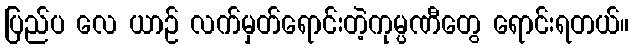
ပြည်ပ လေ ယာဉ် လက်မှတ်ရောင်းတဲ့ကုမ္ပဏီတွေ ရောင်းရတယ်။